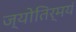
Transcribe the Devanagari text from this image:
ज्योतिर्मयं